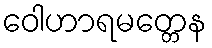
ဝေါဟာရမတ္တေန